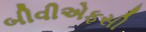
બીવીએફસી